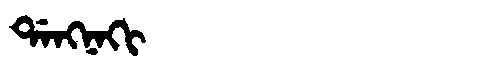
Manchu: ᡩᠠᠩᠨᠠᡴᡳ
Romanization: DANGNAKI